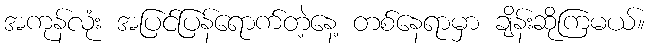
အကုန်လုံး အပြင်ပြန်ရောက်တဲ့နေ့ တစ်နေရာမှာ ချိန်းဆိုကြမယ်။